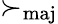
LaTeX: \succ_{\mathrm{maj}}